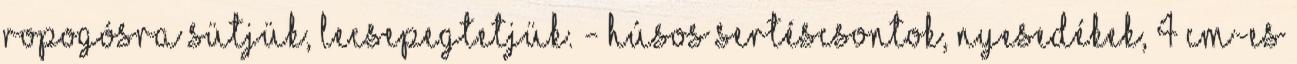
ropogósra sütjük, lecsepegtetjük. - Húsos sertéscsontok, nyesedékek, 4 cm-es